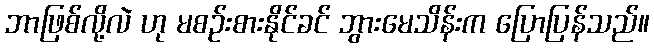
ဘာဖြစ်လို့လဲ ဟု မစဉ်းစားနိုင်ခင် ဘွားမေသိန်းက ပြောပြန်သည်။